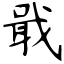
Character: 戢